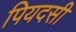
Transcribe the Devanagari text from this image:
पियदसी